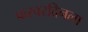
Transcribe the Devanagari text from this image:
फरवरदिनला